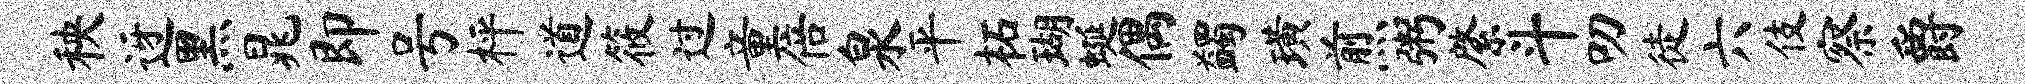
秧迓黑晁即号枰道筱过童倍泉平柘瑚蜒偶蠲璜煎粥綮斗叨徒六伎察爵